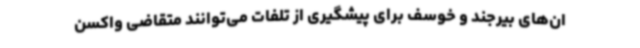
ان‌های بیرجند و خوسف برای پیشگیری از تلفات می‌توانند متقاضی واکسن